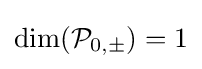
\dim({\mathcal {P}}_{0,\pm })=1